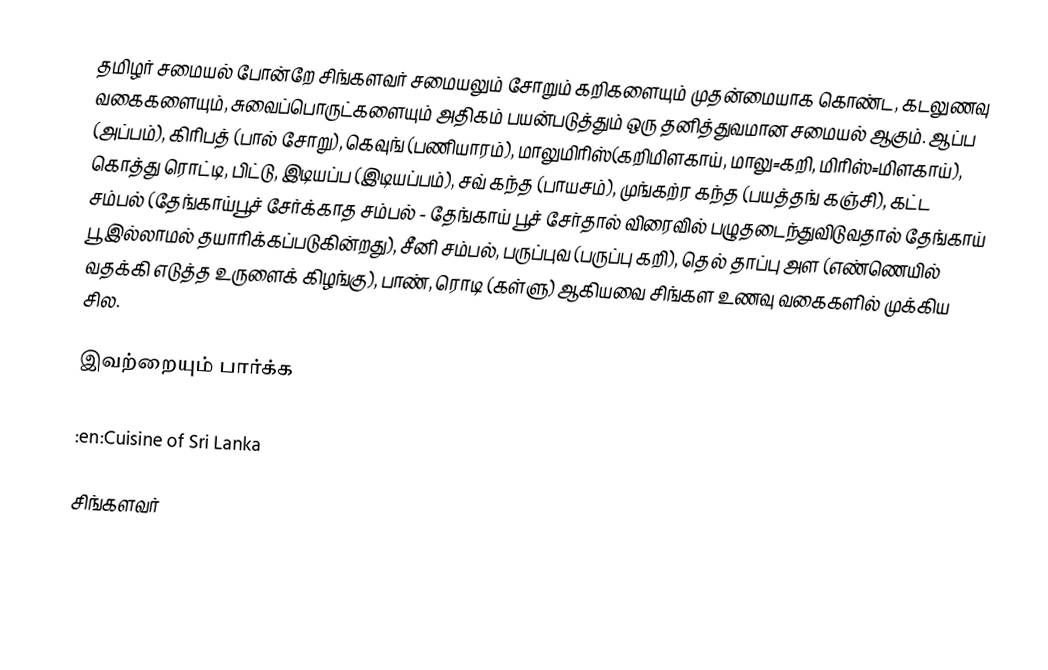
தமிழர் சமையல் போன்றே சிங்களவர் சமையலும் சோறும் கறிகளையும் முதன்மையாக கொண்ட, கடலுணவு வகைகளையும், சுவைப்பொருட்களையும் அதிகம் பயன்படுத்தும் ஒரு தனித்துவமான சமையல் ஆகும்.  ஆப்ப (அப்பம்), கிரிபத் (பால் சோறு), கெவுங் (பணியாரம்), மாலுமிரிஸ்(கறிமிளகாய், மாலு=கறி, மிரிஸ்=மிளகாய்), கொத்து ரொட்டி, பிட்டு, இடியப்ப (இடியப்பம்),  சவ் கந்த (பாயசம்), முங்கற்ர கந்த (பயத்தங் கஞ்சி), கட்ட சம்பல் (தேங்காய்பூச் சேர்க்காத சம்பல் - தேங்காய் பூச் சேர்தால் விரைவில் பழுதடைந்துவிடுவதால் தேங்காய் பூ இல்லாமல் தயாரிக்கப்படுகின்றது), சீனி சம்பல், பருப்புவ (பருப்பு கறி), தெல் தாப்பு அள (எண்ணெயில் வதக்கி எடுத்த உருளைக் கிழங்கு), பாண், ரொடி (கள்ளு) ஆகியவை சிங்கள உணவு வகைகளில் முக்கிய சில.

இவற்றையும் பார்க்க

 :en:Cuisine of Sri Lanka

சிங்களவர்